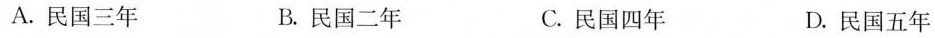
A.民国三年 B.民国二年 C.民国四年 D.民国五年